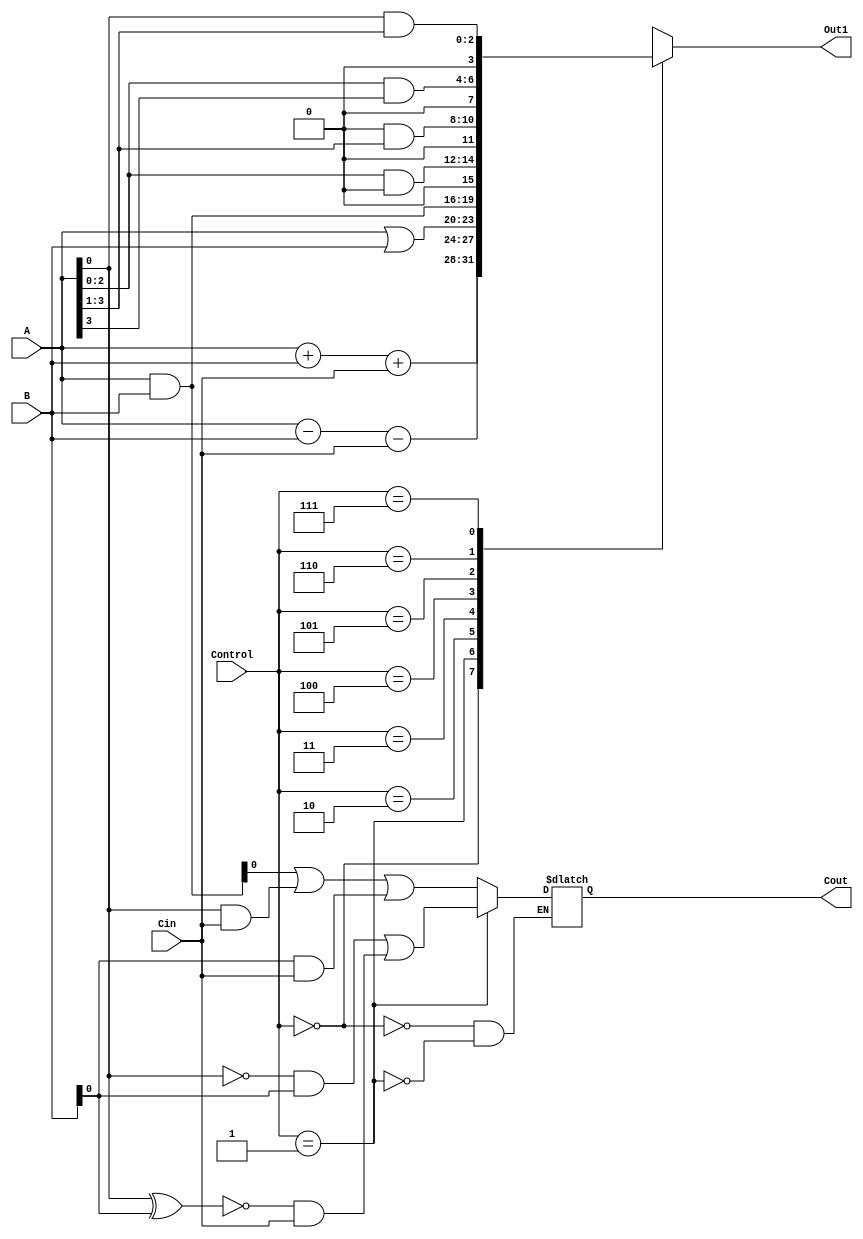
`timescale 1ns / 1ps


module alu(A,B, Cin,Out1,Cout,Control);
input [3:0] A,B;
input Cin;
output reg [3:0] Out1;
output reg Cout;
input [2:0] Control;

always@(Control)begin
case(Control)

3'b000 :begin Out1 <= A+B+Cin;
              Cout <= (A&B) | (A&Cin)|(B&Cin);end
3'b001 :begin Out1 <= A-B-Cin;
              Cout <=(~A&B)|(~(A^B)&Cin); end
3'b010 :begin Out1 <= A|B;end
3'b011 :begin Out1 <= A&B;end
3'b100 :begin Out1 <= A[2:0] & 0;end
3'b101 :begin Out1 <= 0&A[3:1];end
3'b110 :begin Out1 <= A[2:0]&A[3];end
3'b111 :begin Out1 <= A[0]&A[3:1];end


endcase
end


endmodule
 
module sub1(input A, B, Bin, output Diff,Bout);
assign Diff = A^B^Bin;
assign Bout =(~A&B)|(~(A^B)&Bin);


endmodule

module SUB4bit(
    input  [3:0] A,
    input  [3:0] B,
    input  Bin,
    output [3:0] Diff,
    output Bout
    );
   
    wire [2:0] kBout;
   
    sub1 S1(A[0], B[0], Bin, Diff[0], kBout[0]);
    sub1 S2(A[1], B[1], kBout[0], Diff[1], kBout[1]);
    sub1 S3(A[2], B[2], kBout[1], Diff[2], kBout[2]);
    sub1 S4(A[3], B[3], kBout[2], Diff[3], Bout);
   
endmodule